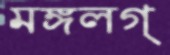
মঙ্গলগ্